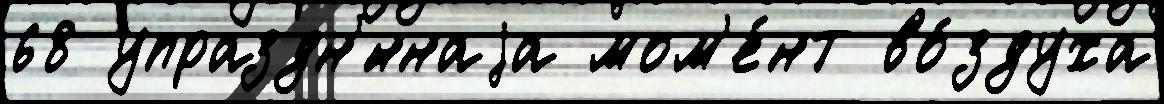
68 упраздн'́ннаjа мом'е́нт во́здуха